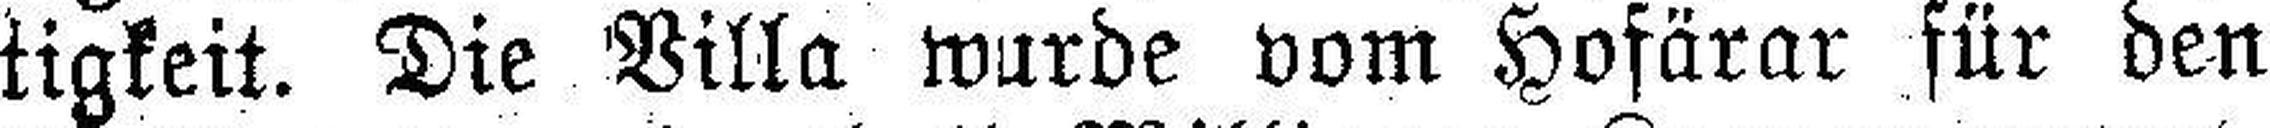
tigkeit. Die Villa wurde vom Hofärar für den